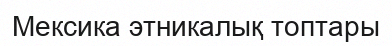
Мексика этникалық топтары